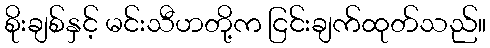
စိုးချစ်နှင့် မင်းသီဟတို့က ငြင်းချက်ထုတ်သည်။